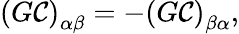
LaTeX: \left(G\mathcal{C}\right)_{\alpha\beta}=-\left(G\mathcal{C}\right)_{\beta\alpha},